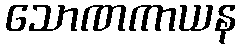
သောဏကာယန